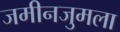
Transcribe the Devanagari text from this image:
जमीनजुमला